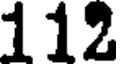
112